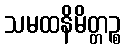
သမထနိမိတ္တဉ္စ